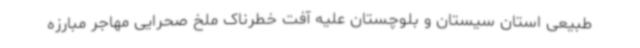
طبیعی استان سیستان و بلوچستان علیه آفت خطرناک ملخ صحرایی مهاجر مبارزه